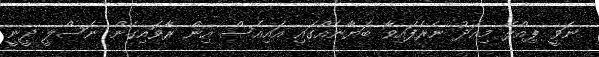
ނަވީ ޕިއްލޭ މިއަދު ނެރެފައިވާ ބަޔާނެއްގައި އައިއެސް އިން ރާވައިގެން ނަސްލީ ދީނީ